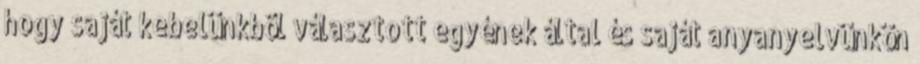
hogy saját kebelünkbõl választott egyének által és saját anyanyelvünkön